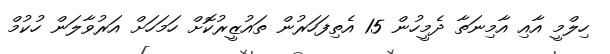
ހިލްމީ އާއި އާމިނަތާ ދެމީހުން 15 އެތިފަހަރުން ތައުޒީރުކޮށް ހަމަހަށް އަރުވާލަން ހުކުމް